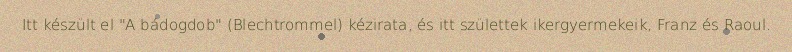
Itt készült el "A bádogdob" (Blechtrommel) kézirata, és itt születtek ikergyermekeik, Franz és Raoul.